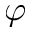
\varphi